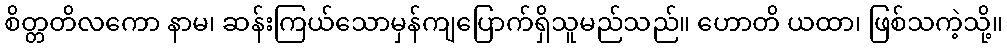
စိတ္တတိလကော နာမ၊ ဆန်းကြယ်သောမှန်ကျပြောက်ရှိသူမည်သည်။ ဟောတိ ယထာ၊ ဖြစ်သကဲ့သို့။